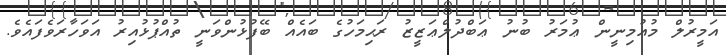
އަމީރުލް މުއުމިނީން ޢުމަރު ބުނު ޢަބްދުލްޢަޒީޒު ރަޙިމަހުގެ ބައެއް ބޭފުޅުންވަނީ ތުއްޕުޅުއިރު އަވަހާރަވެފައެވެ.